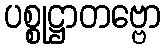
ပစ္စုဋ္ဌာတဗ္ဗော